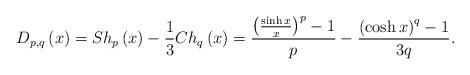
LaTeX: \begin{align*}D_{p,q}\left( x\right) =Sh_{p}\left( x\right) -\frac{1}{3}Ch_{q}\left(x\right) =\frac{\left( \frac{\sinh x}{x}\right) ^{p}-1}{p}-\frac{\left(\cosh x\right) ^{q}-1}{3q}. \end{align*}